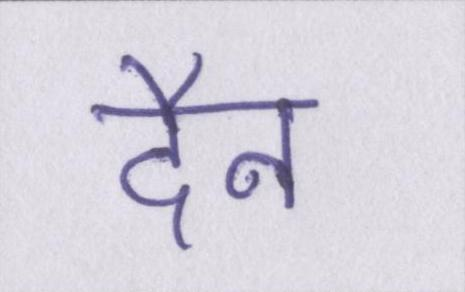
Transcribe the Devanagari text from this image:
दैन